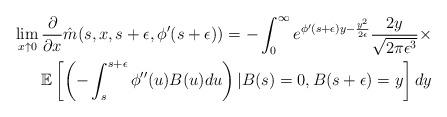
LaTeX: \begin{align*}\lim_{x \uparrow 0} \frac{\partial}{\partial x} \hat{m}(s,x,s+\epsilon,\phi'(s+\epsilon))=-\int_{0}^{\infty} e^{\phi'(s+\epsilon)y-\frac{y^2}{2\epsilon}}\frac{2y}{\sqrt{2\pi \epsilon^3}}\times \\\mathbb{E}\left[ \left (-\int_{s}^{s+\epsilon} \phi''(u)B(u)du \right ) \vert B(s)=0,B(s+\epsilon)=y\right]dy\end{align*}